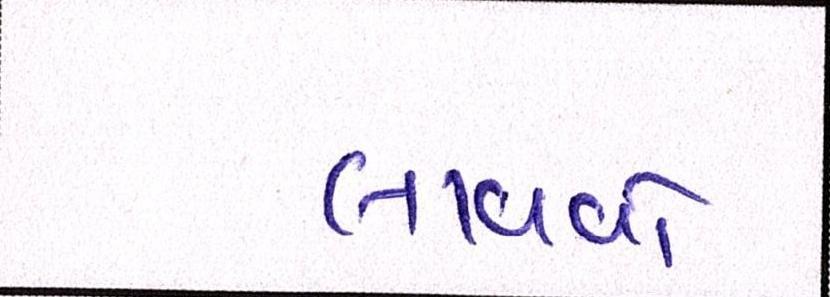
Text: લાવવો